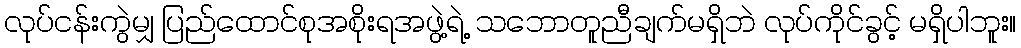
လုပ်ငန်းကွဲမျှ ပြည်ထောင်စုအစိုးရအဖွဲ့ရဲ့ သဘောတူညီချက်မရှိဘဲ လုပ်ကိုင်ခွင့် မရှိပါဘူး။